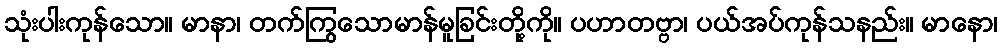
သုံးပါးကုန်သော။ မာနာ၊ တက်ကြွသောမာန်မူခြင်းတို့ကို။ ပဟာတဗ္ဗာ၊ ပယ်အပ်ကုန်သနည်း။ မာနော၊